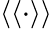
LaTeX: \langle\langle\cdot\rangle\rangle